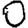
Digit: 0